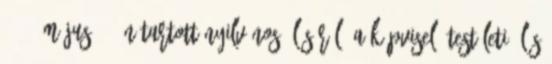
2011. május 30-án tartott nyilvános üléséről. A képviselő-testületi ülés